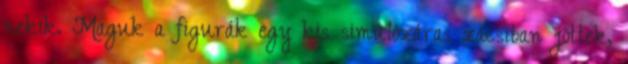
nekik. Maguk a figurák egy kis simulózáras zacsiban jöttek,